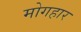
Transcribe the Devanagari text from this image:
मोगहार